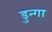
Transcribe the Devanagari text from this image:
डुन्गा